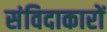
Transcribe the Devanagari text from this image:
संविदाकारों